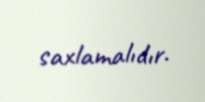
saxlamalıdır.